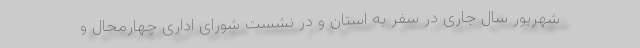
شهریور سال جاری در سفر به استان و در نشست شورای اداری چهارمحال و